Vaccination in Burma 1889-1999 - 1889-1999
Year: 1889
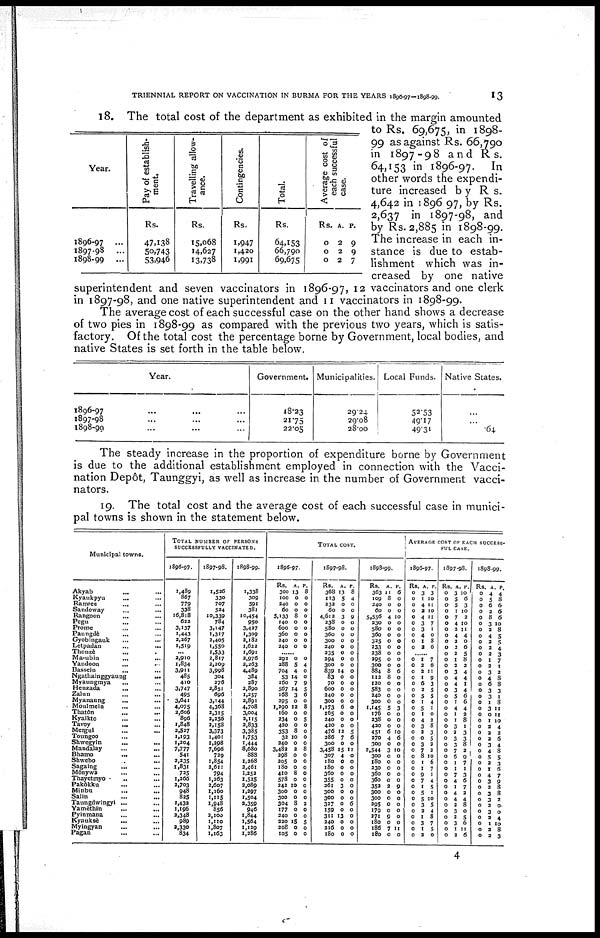
TRIENNIAL REPORT ON VACCINATION IN BURMA FOR THE YEARS 1896-97—1898-99.
13
Year.
1896-97 ...
1897-98 ...
1898-99 ...
Pay of establish-
ment
Rs.
47,138
50,743
53,946
Travelling allow-
ance.
Rs.
15,068
14,627
13,738
Contingencies.
Rs.
1,947
1,420
1,991
Total.
Rs.
64,153
66,790
69,675
Ave r
a ge cost of
each successful
case.
Rs.
0
0
0
A.
2
2
2
P.
9
9
7
18. The total cost of the department as exhibited in the margin amounted
to Rs. 69,675, in 1898-
99 as against Rs. 66,790
in 1897-98 and Rs.
64,153 in 1896-97. In
other words the expendi-
ture increased by Rs.
4,642 in 1896 97, by Rs.
2,637 in 1897-98, and
by Rs. 2,885 in 1898-99.
The increase in each in-
stance is due to estab-
lishment which was in-
creased by one native
superintendent and seven vaccinators in 1896-97, 12 vaccinators and one clerk
in 1897-98, and one native superintendent and 11 vaccinators in 1898-99.
The average cost of each successful case on the other hand shows a decrease
of two pies in 1898-99 as compared with the previous two years, which is satis-
factory. Of the total cost the percentage borne by Government, local bodies, and
native States is set forth in the table below.
Year.
1896-97 ... ... ...
1897-98 ... ... ...
1898-99 ... ...
Government.
18.23
21.75
22.05
Municipalities.
29.24
29.08
28.00
Local Funds.
52.53
49.17
49.31
Native States.
...
...
.64
The steady increase in the proportion of expenditure borne by Government
is due to the additional establishment employed in connection with the Vacci-
nation Depôt, Taunggyi, as well as increase in the number of Government vacci-
nators.
19. The total cost and the average cost of each successful case in munici-
pal towns is shown in the statement below.
Municipal towns.
Akyab...
...
Kyaukpyu... ...
Ramree... ...
Sandoway... ...
Rangoon... ...
Pegu... ...
Prome... ...
Paungdè... ...
Gyobingauk... ...
Letpadan...
...
Thonzè... ...
Ma-ubin... ...
Yandoon... ...
Bassein...
...
Ngathainggyaung...
...
Myaungmya... ...
Henzada... ...
Zalun... ...
Myanaung... ...
Moulmein ... ...
Thatôn... ...
Kyaikto... ...
Tavoy... ...
Mergui... ...
Toungoo... ...
Shwegyin... ...
Mandalay... ...
Bhamo...
...
Shwebo... ...
Sagaing... ...
Monywa... ...
Thayetmyo... ...
Pakôkku... ...
Minbu... ...
Salin... ...
Taungdwingyi... ...
Yamèthin... ...
Pyinmana... ...
Kyauksè ... ...
Myingyan...
...
Pagan... ...
TOTAL NUMBER OF PERSONS
SUCCESSFULLY VACCINATED.
1896-97.
1,489
867
779
338
16,818
622
3,137
1,443
2,267
1,519
...
2,910
1,834
3,911
485
410
3,747
495
3,641
4,075
2,606
896
1,848
2,527
1,193
1,204
7,777
541
2,235
1,831
725
1,266
2,703
948
825
1,432
1,196
2,348
989
2,330
834
1897-98.
1,526
330
707
524
10,339
784
3,147
1,317
2,405
1,550
1,533
2,817
2,209
3,998
304
276
2,851
696
3,144
4,368
2,315
2,256
2,158
3,373
1,401
1,298
7,696
729
1,854
2,611
794
1,263
2,607
1,160
1,115
1,948
856
2,100
1,110
1,807
1,163
1898-99.
1,338
309
591
38l
10,454
950
3,427
1,309
2,182
1,622
1,691
2,976
2,263
4,489
384
287
2,890
1,257
2,891
4,708
3,004
3,115
2,833
3,385
1,753
1,444
8,680
888
1,268
2,461
1,252
1,525
2,089
1,297
1,504
2,359
946
1,844
1,564
1,129
1,286
TOTAL COST.
1896-97.
Rs.
300
100
240
60
5,133
140
600
360
240
240
A.
13
0
0
0
8
0
0
0
0
0
P.
8
0
0
0
0
0
0
0
0
0
...
292
388
704
53
160
567
168
295
1,290
160
234
420
353
32
240
3,482
298
205
180
410
578
242
300
300
304
177
240
220
208
105
0
5
4
14
7
14
3
0
12
0
0
0
8
10
0
3
0
0
0
8
0
10
0
0
8
0
0
15
0
0
0
4
0
0
9
5
6
0
8
0
5
0
0
0
0
8
0
0
0
0
0
0
0
0
2
0
0
5
0
0
1897-98.
Rs.
368
113
232
60
4,613
238
580
360
300
240
235
294
300
839
83
70
600
340
300
1,173
165
240
420
476
286
300
3,458
307
180
180
360
355
261
300
300
327
159
311
240
216
180
A.
13
5
0
0
3
0
0
0
0
0
0
0
0
14
0
0
0
0
0
6
0
0
0
12
7
0
15
4
0
0
0
0
3
0
0
0
0
13
0
0
0
P.
8
4
0
0
9
0
0
0
0
0
0
0
0
0
0
0
0
0
0
0
0
0
0
5
6
0
11
0
0
0
0
0
0
0
0
6
0
0
0
0
0
1898-99.
Rs.
363
109
240
60
5,556
230
580
360
325
233
238
295
300
884
112
120
583
340
300
1,145
176
238
420
451
270
300
2,544
300
180
230
360
360
353
300
300
295
179
271
180
186
180
A.
11
8
0
0
4
0
0
0
0
0
0
0
0
8
8
0
0
0
0
5
0
0
0
6
4
0
3
0
0
0
0
0
2
0
0
0
0
9
0
7
0
P.
6
0
0
0
10
0
0
0
0
0
0
0
0
6
0
0
0
0
0
3
0
0
0
10
6
0
10
0
0
0
0
0
9
0
0
0
0
0
0
11
0
AVERAGE COST OF EACH SUCCESS-
FUL CASE.
1896-97.
Rs.
0
0
0
0
0
0
0
0
0
0
A.
3
1
4
2
4
3
3
4
1
2
P.
3
10
11
10
11
7
1
0
3
6
...
0
0
0
0
0
0
0
0
0
0
0
0
0
0
0
0
0
0
0
0
0
0
0
0
0
0
0
0
0
0
1
2
2
1
6
2
5
1
5
1
4
3
2
0
3
7
8
1
1
9
7
1
5
5
3
2
1
3
1
2
7
6
11
9
3
5
5
4
1
0
2
8
3
5
2
2
10
6
7
1
4
5
1
10
5
4
8
7
5
0
1897-98.
Rs.
0
0
0
0
0
0
0
0
0
0
0
0
0
0
0
0
0
0
0
0
0
0
0
0
0
0
0
0
0
0
0
0
0
0
0
0
0
0
0
0
0
A
3
5
5
1
7
4
3
4
2
2
2
1
2
3
4
4
3
5
1
4
1
1
3
2
3
3
7
6
1
1
7
4
1
4
4
2
3
2
3
1
2
P.
10
6
3
10
3
10
11
4
0
6
5
8
2
4
4
1
4
6
6
4
2
8
1
3
3
8
2
9
7
1
3
6
7
2
4
8
0
5
6
11
6
1898-99.
Rs.
0
0
0
0
0
0
0
0
0
0
0
0
0
0
0
0
0
0
0
0
0
0
0
0
0
0
0
0
0
0
0
0
0
0
0
0
0
0
0
0
0
A.
4
5
6
3
8
3
2
4
2
2
2
1
2
3
4
6
3
3
1
3
0
1
2
2
2
3
4
5
2
1
4
3
2
3
3
2
3
2
1
2
2
P.
4
8
6
6
6
10
8
5
5
4
3
7
1
2
8
8
3
1
8
11
11
10
4
2
6
4
8
5
3
6
7
9
8
8
2
0
0
4
10
8
3
4